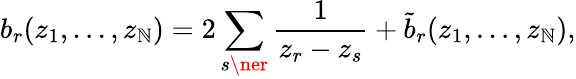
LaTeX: b_{r}(z_{1},\ldots,z_{\mathbb{N}})=2\sum_{s\ner}\frac{{1}}{{z_{r}-z_{s}}}+\tilde{{b}}_{r}(z_{1},\ldots,z_{\mathbb{N}}),